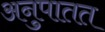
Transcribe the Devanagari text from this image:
अनुपातत